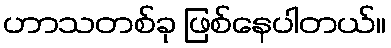
ဟာသတစ်ခု ဖြစ်နေပါတယ်။